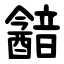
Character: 韽